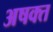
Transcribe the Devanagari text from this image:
अषक्त